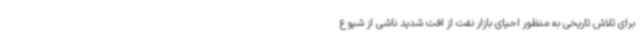
برای تلاش تاریخی به منظور احیای بازار نفت از افت شدید ناشی از شیوع